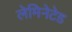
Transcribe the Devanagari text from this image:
लेमिनेटेड